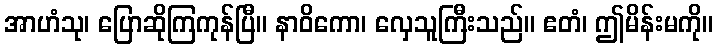
အာဟံသု၊ ပြောဆိုကြကုန်ပြီ။ နာဝိကော၊ လှေသူကြီးသည်။ ဧတံ၊ ဤမိန်းမကို။